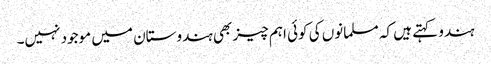
ہندو کہتے ہیں کہ مسلمانوں کی کوئی اہم چیز بھی ہندوستان میں موجود نہیں۔